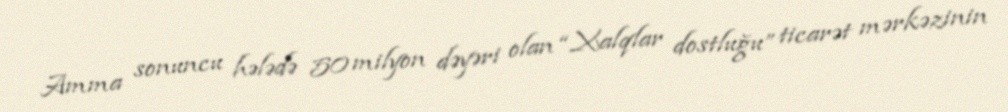
Amma sonuncu hələdə 50 milyon dəyəri olan “Xalqlar dostluğu” ticarət mərkəzinin